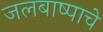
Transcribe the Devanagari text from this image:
जलबाष्पाचे